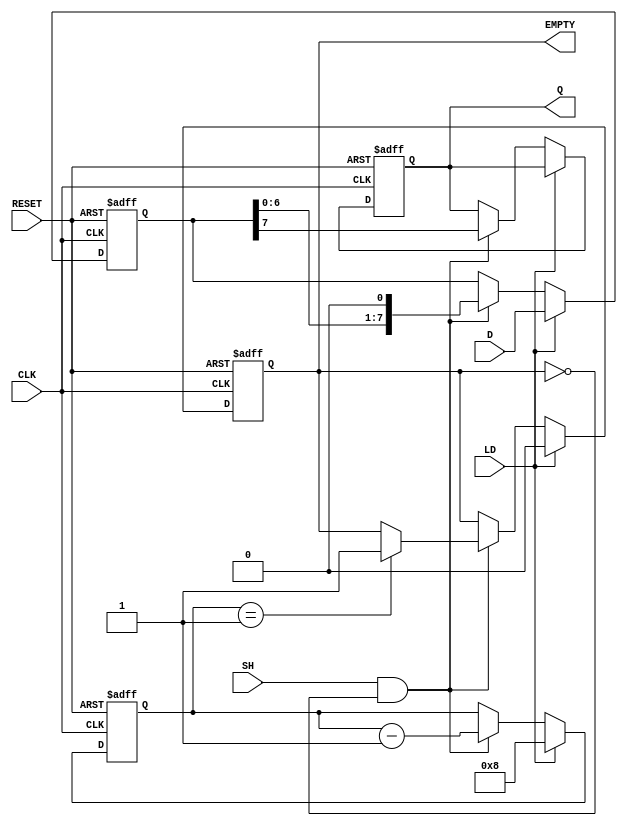
module PISO_Register #(
    parameter WIDTH = 8 // Width of the data input
)(
    input wire [WIDTH-1:0] D,    // Parallel data input
    input wire LD,                // Load control signal
    input wire CLK,               // Clock signal
    input wire SH,                // Shift control signal
    input wire RESET,             // Asynchronous reset signal
    output reg Q,                 // Serial output
    output reg EMPTY              // Empty signal
);

    reg [WIDTH-1:0] shift_reg;    // Shift register to hold data
    reg [3:0] count;               // Counter for tracking number of bits shifted out

    always @(posedge CLK or posedge RESET) begin
        if (RESET) begin
            shift_reg <= 0;        // Clear the shift register on reset
            Q <= 0;                // Clear the serial output
            EMPTY <= 1;            // Register is empty
            count <= 0;            // Reset the counter
        end else begin
            if (LD) begin
                shift_reg <= D;     // Load parallel data into the shift register
                count <= WIDTH;     // Set count to width of data
                EMPTY <= 0;         // Register is not empty after loading
            end else if (SH && !EMPTY) begin
                Q <= shift_reg[WIDTH-1]; // Shift out the MSB
                shift_reg <= {shift_reg[WIDTH-2:0], 1'b0}; // Shift left
                count <= count - 1; // Decrement the counter
                if (count == 1) begin
                    EMPTY <= 1;      // Register is empty after last bit is shifted out
                end
            end
        end
    end

endmodule